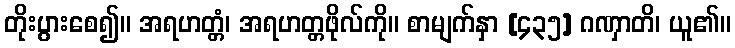
တိုးပွားစေ၍။ အရဟတ္တံ၊ အရဟတ္တဖိုလ်ကို။ စာမျက်နှာ [၄၃၅] ဂဏှာတိ၊ ယူ၏။